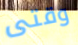
وقتى